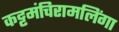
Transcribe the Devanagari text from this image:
कट्टमंचिरामलिंगा